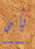
بأن